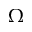
\Omega